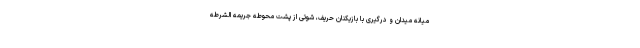
میانه میدان و درگیری با بازیکنان حریف، شوتی از پشت محوطه جریمه الشرطه